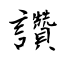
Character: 讚